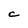
Character: C